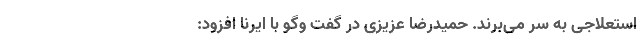
استعلاجی به سر می‌برند. حمیدرضا عزیزی در گفت وگو با ایرنا افزود: